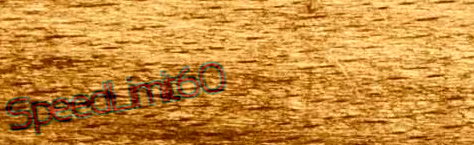
SpeedLimit60